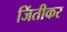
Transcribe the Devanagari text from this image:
जिंतीकर